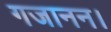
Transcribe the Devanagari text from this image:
गजानन।